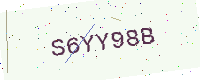
Text: S6YY98B